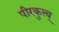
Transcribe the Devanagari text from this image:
पीरकुत्त्य्